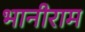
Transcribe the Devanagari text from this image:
भानीराम